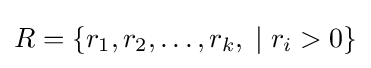
R=\{r_{1},r_{2},\dots ,r_{k},\;|\;r_{i}>0\}